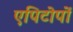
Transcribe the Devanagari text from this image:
एपिटोपों